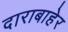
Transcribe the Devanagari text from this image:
दाराबाहेर